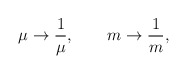
\begin{align*}\mu \rightarrow \frac{1}{\mu },\qquad m\rightarrow \frac{1}{m},\end{align*}